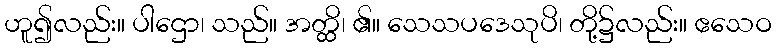
ဟူ၍လည်း။ ပါဌော၊ သည်။ အတ္ထိ၊ ၏။ သေသပဒေသုပိ၊ တို့၌လည်း။ ဧသေဝ